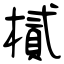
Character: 樲